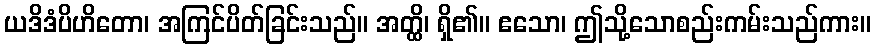
ယဒိဒံပိဟိတော၊ အကြင်ပိတ်ခြင်းသည်။ အတ္ထိ၊ ရှိ၏။ ဧသော၊ ဤသို့သောစည်းကမ်းသည်ကား။